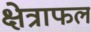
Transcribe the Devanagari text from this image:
क्षेत्राफल